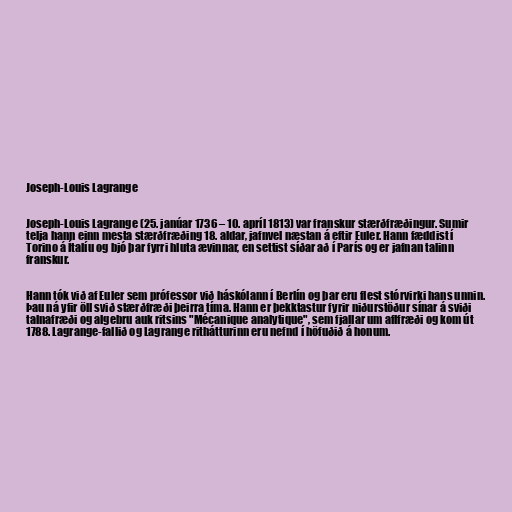
Joseph-Louis Lagrange

Joseph-Louis Lagrange (25. janúar 1736 – 10. apríl 1813) var franskur stærðfræðingur. Sumir
telja hann einn mesta stærðfræðing 18. aldar, jafnvel næstan á eftir Euler. Hann fæddist í
Torino á Ítalíu og bjó þar fyrri hluta ævinnar, en settist síðar að í París og er jafnan talinn
franskur.

Hann tók við af Euler sem prófessor við háskólann í Berlín og þar eru flest stórvirki hans unnin.
Þau ná yfir öll svið stærðfræði þeirra tíma. Hann er þekktastur fyrir niðurstöður sínar á sviði
talnafræði og algebru auk ritsins "Mécanique analytique", sem fjallar um aflfræði og kom út
1788. Lagrange-fallið og Lagrange rithátturinn eru nefnd í höfuðið á honum.